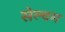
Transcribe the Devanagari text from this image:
सेल्वम